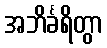
အဘိင်္ခရိတွာ